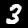
Digit: 3